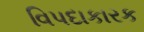
વિપદાકારક